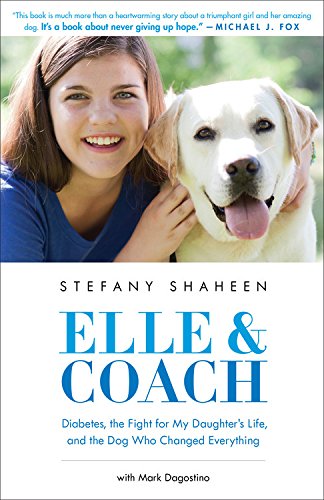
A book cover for Elle & Coach: Diabetes, the Fight for My Daughter's Life, and the Dog Who Changed Everything; Stefany Shaheen; Crafts, Hobbies & Home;